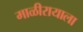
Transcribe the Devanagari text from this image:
माळीरायाला